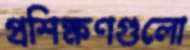
প্রশিক্ষণগুলো